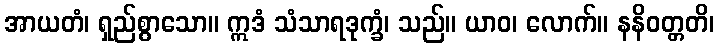
အာယတံ၊ ရှည်စွာသော။ ဣဒံ သံသာရဒုက္ခံ၊ သည်။ ယာဝ၊ လောက်။ နနိဝတ္တတိ၊